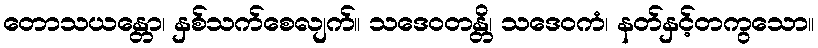
တောသယန္တော၊ နှစ်သက်စေလျက်။ သဒေဝတန္တိ၊ သဒေဝကံ၊ နတ်နှင့်တကွသော။